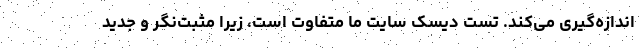
اندازه‌گیری می‌کند. تست دیسک سایت ما متفاوت است، زیرا مثبت‌نگر و جدید